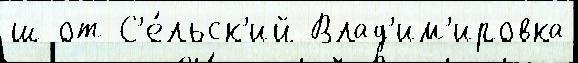
ш от С'е́льск'ий Влад'им'ировка